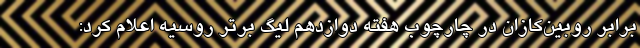
برابر روبین‌کازان در چارچوب هفته دوازدهم لیگ برتر روسیه اعلام کرد: